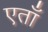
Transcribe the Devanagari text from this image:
एताँ